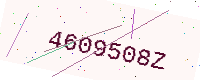
Text: 4609508Z